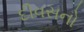
દીવસનો